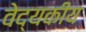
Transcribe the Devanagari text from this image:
वेद्यकीय